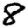
Digit: 8